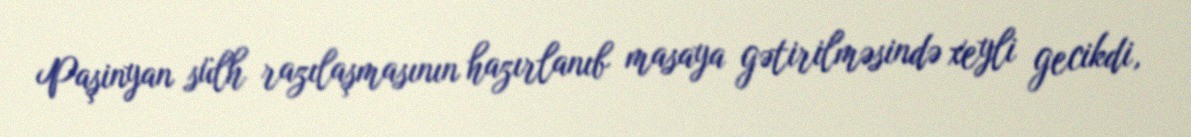
Paşinyan sülh razılaşmasının hazırlanıb masaya gətirilməsində xeyli gecikdi,